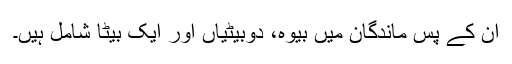
ان کے پس ماندگان میں بیوہ، دوبیٹیاں اور ایک بیٹا شامل ہیں۔